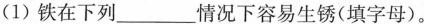
(1)铁在下列 ___ 情况下容易生锈(填字母)。